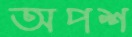
অপশ